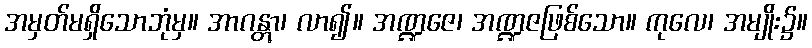
အမှတ်မရှိသောဘုံမှ။ အာဂန္တွာ၊ လာ၍။ အဏ္ဍဇေ၊ အဏ္ဍဇဖြစ်သော။ ကုလေ၊ အမျိုး၌။